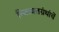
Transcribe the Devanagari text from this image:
रिवायतग्रंथांचें